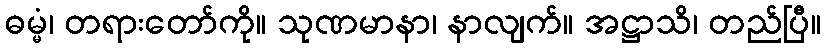
ဓမ္မံ၊ တရားတော်ကို။ သုဏမာနာ၊ နာလျက်။ အဋ္ဌာသိ၊ တည်ပြီ။